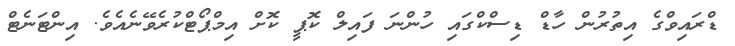
ޑްރައިވްގެ އިތުރުން ހާޑް ޑިސްކްގައި ހުންނަ ފައިލް ކޮޕީ ކޮށް އިމްޕޯޓްކުރެވޭނެއެވެ. އިންޓަނެޓް